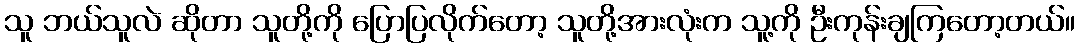
သူ ဘယ်သူလဲ ဆိုတာ သူတို့ကို ပြောပြလိုက်တော့ သူတို့အားလုံးက သူ့ကို ဦးကုန်းချကြတော့တယ်။